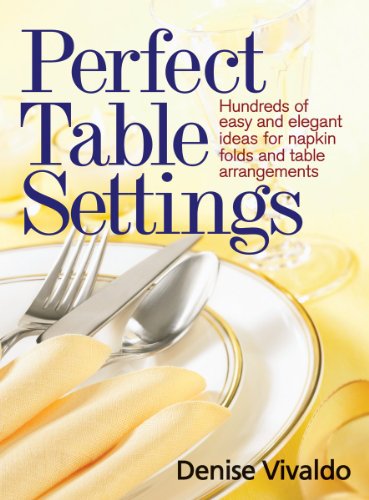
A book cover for Perfect Table Settings: Hundreds of Easy and Elegant Ideas for Napkin Folds and Table Arrangements; Denise Vivaldo; Cookbooks, Food & Wine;